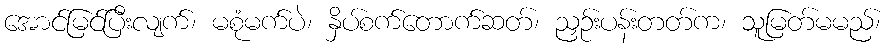
အောင်မြင်ပြီးလျက်၊ မစုံမက်ပဲ၊ နှိပ်စက်တောက်ဆတ်၊ ညှဉ်းပန်းတတ်က၊ သူမြတ်မမည်၊